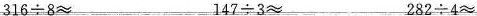
316÷8 147÷3≈ 282÷4≈